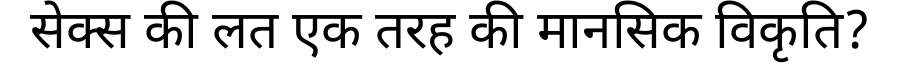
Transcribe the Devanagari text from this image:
सेक्स की लत एक तरह की मानसिक विकृति?